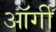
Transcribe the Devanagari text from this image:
ऑर्गी